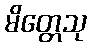
မိတ္တေသု